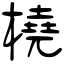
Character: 橈